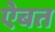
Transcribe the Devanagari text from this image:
ऐबत